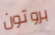
بروتون